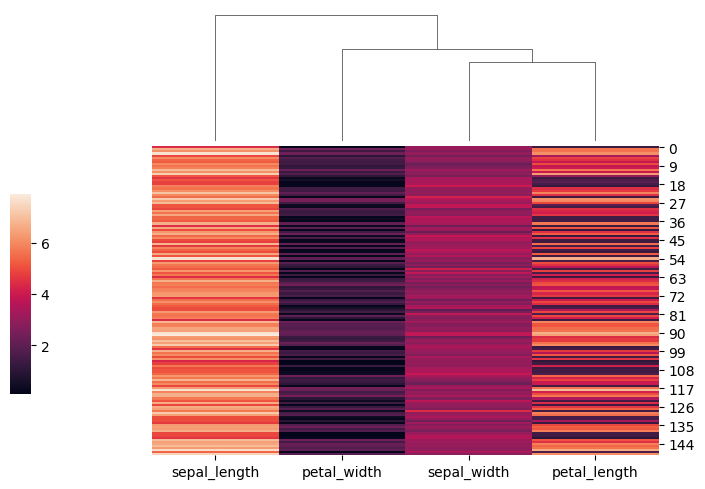
python, seaborn, clustermap, figsize=(7, 5), row_cluster=False, dendrogram_ratio=(0.2, 0.3), cbar_pos=(0, 0.2, 0.03, 0.4)